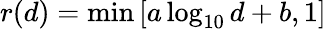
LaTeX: r(d)=\operatorname*{min}\left[a\log_{10}d+b,1\right]